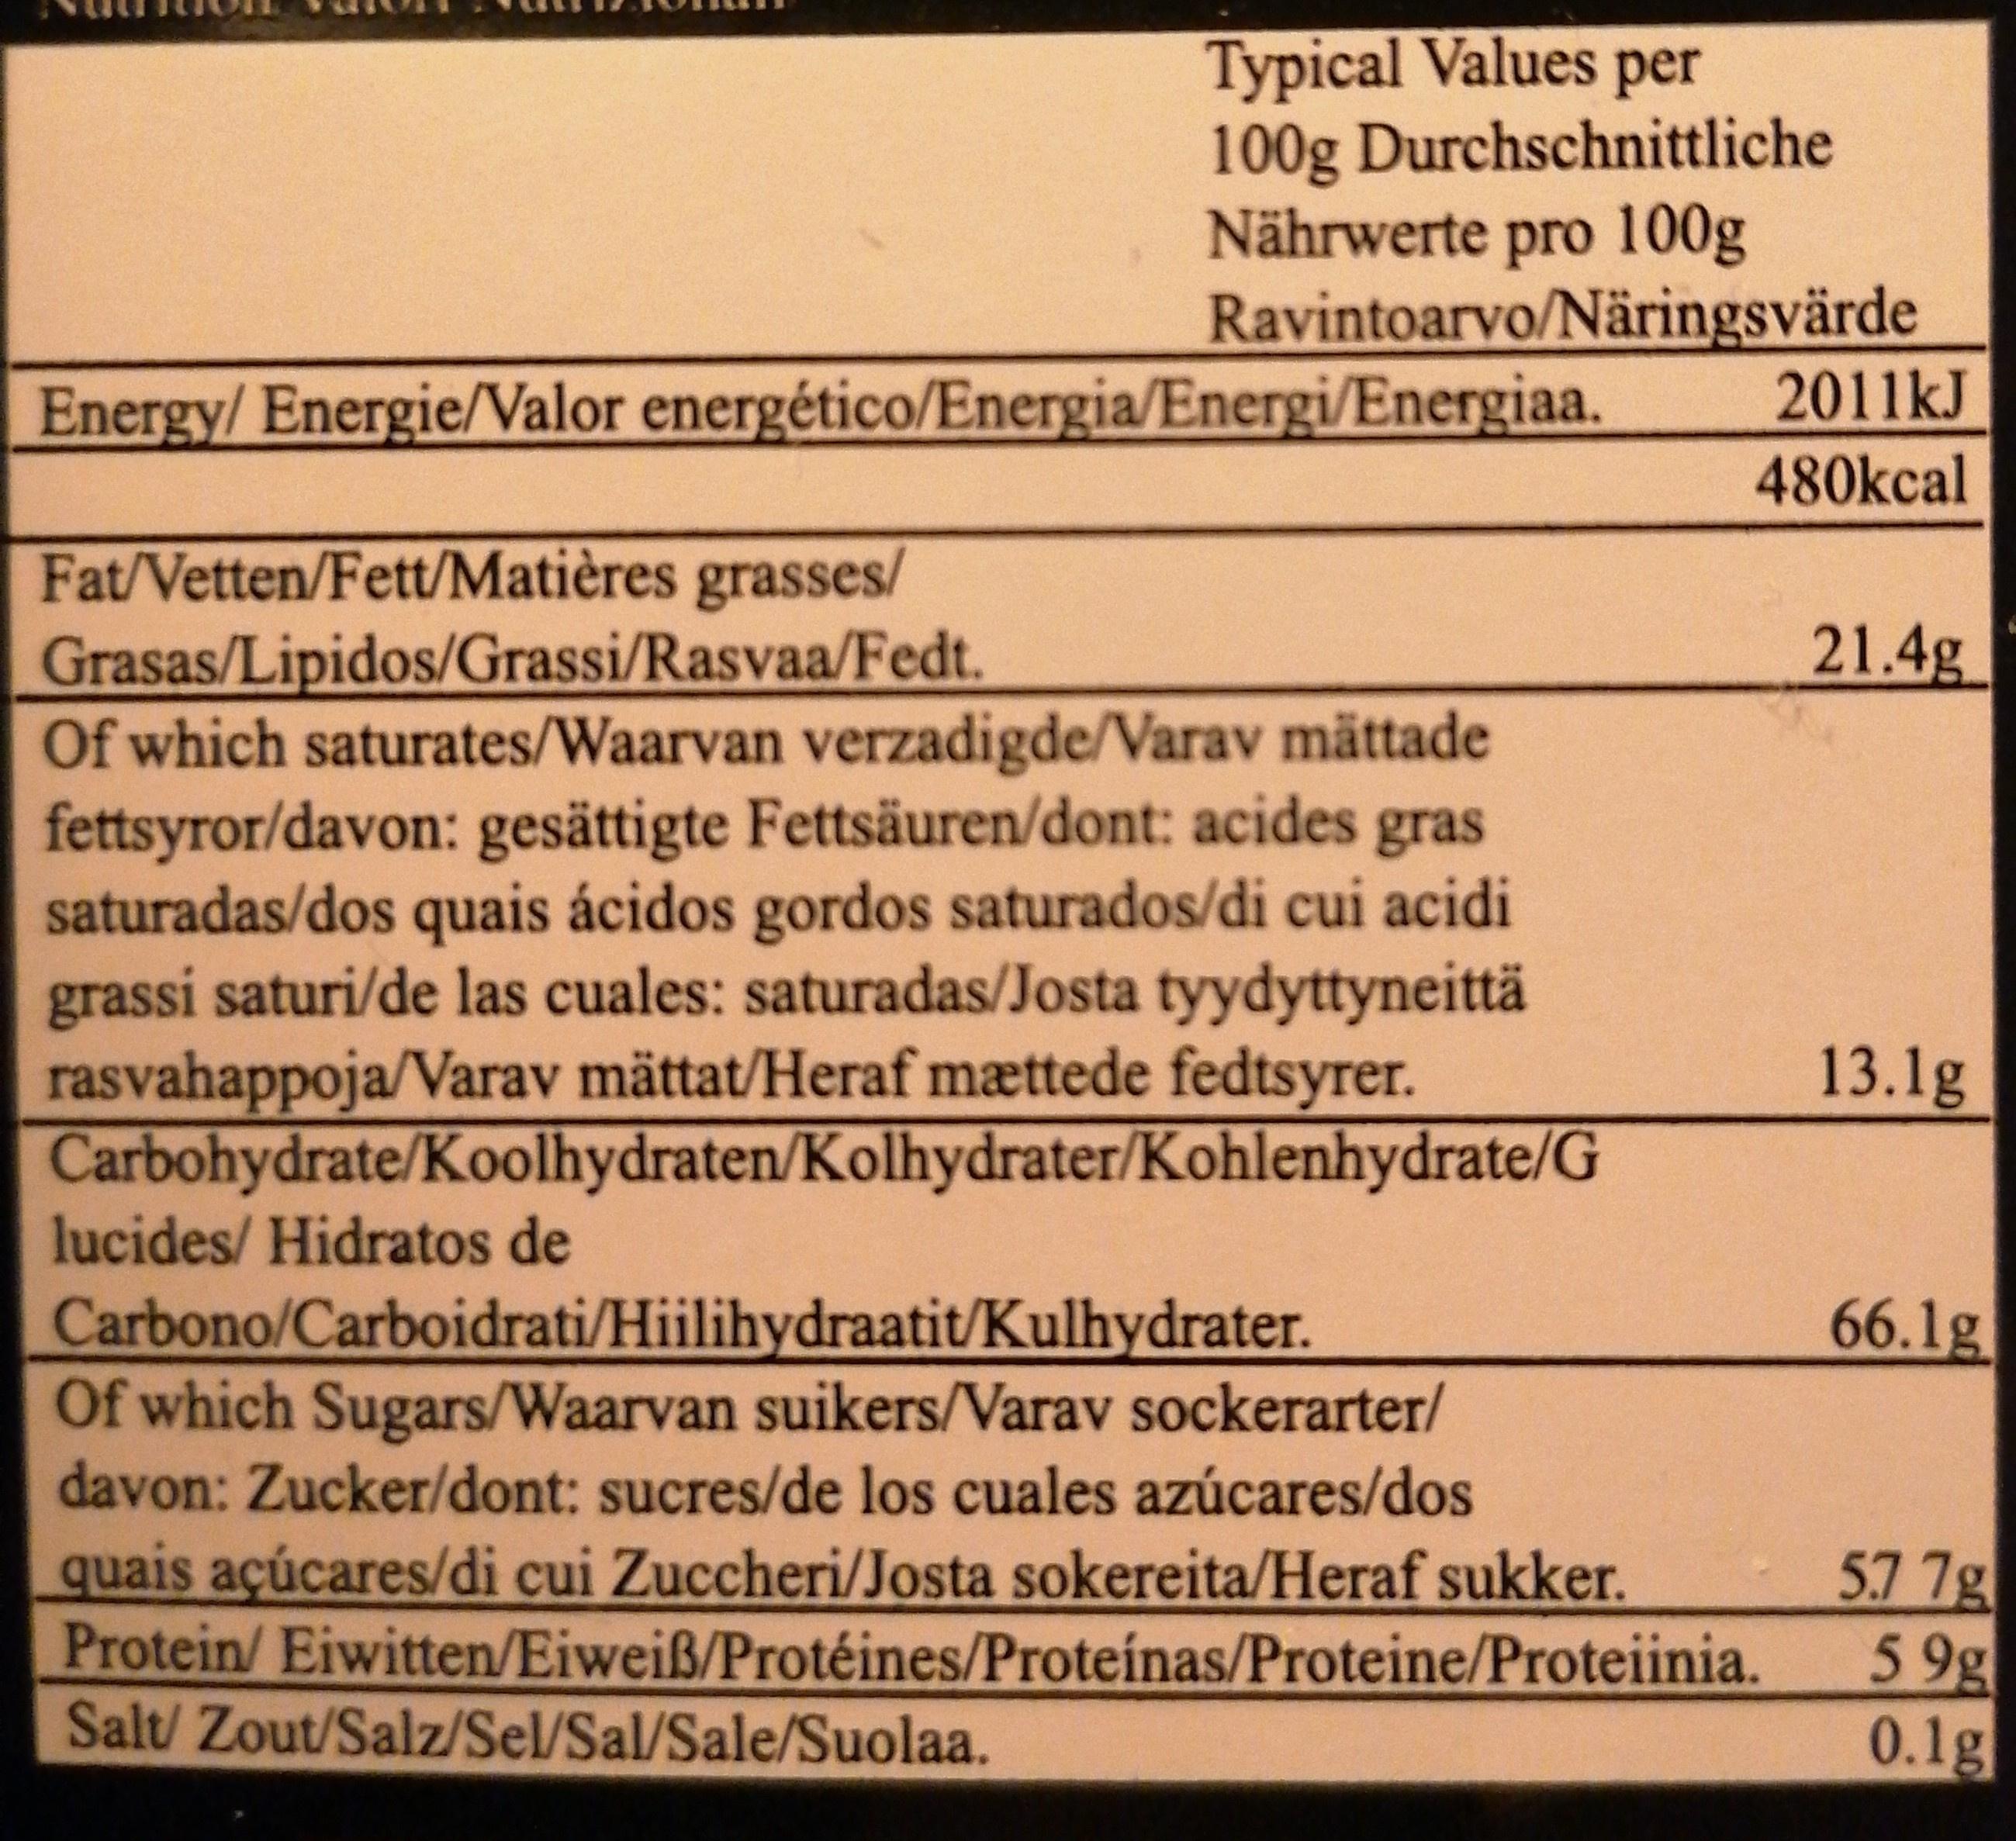
Typical Values per 100g Durchschnittliche Nährwerte pro 100g Ravintoarvo/Näringsvärde 2011kJ
Energy/Energie/Valor energético/Energia/Energi/Energiaa.
480kcal
Fat/Vetten/Fett/Matières grasses/ Grasas/Lipidos/Grassi/Rasvaa/Fedt. Of which saturates/Waarvan verzadigde/Varav mättade fettsyror/davon: gesättigte Fettsäuren/dont: acides gras saturadas/dos quais ácidos gordos saturados/di cui acidi grassi saturi/de las cuales: saturadas/Josta tyydyttyneittä rasvahappoja/Varav mättat/Heraf mættede fedtsyrer. Carbohydrate/Koolhydraten/Kolhydrater/Kohlenhydrate/G lucides/ Hidratos de
21.4g
13.1g
Carbono/Carboidrati/Hiilihydraatit/Kulhydrater. Of which Sugars/Waarvan suikers/Varav sockerarter/ davon: Zucker/dont: sucres/de los cuales azúcares/dos quais acúcares/di cui Zuccheri/Josta sokereita/Heraf sukker. Protein/ Eiwitten/Eiweiß/Protéines/Proteínas/Proteine/Proteiinia. Salt/Zout/Salz/Sel/Sal/Sale/Suolaa.
66.1g
57 7g
59g
0.1g